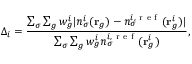
\Delta _ { i } = \frac { \sum _ { \sigma } \sum _ { g } w _ { g } ^ { i } | n _ { \sigma } ^ { i } ( \mathbf { r } _ { g } ) - n _ { \sigma } ^ { i , \mathrm { ~ r ~ e ~ f ~ } } ( \mathbf { r } _ { g } ^ { i } ) | } { \sum _ { \sigma } \sum _ { g } w _ { g } ^ { i } n _ { \sigma } ^ { i , \mathrm { ~ r ~ e ~ f ~ } } ( \mathbf { r } _ { g } ^ { i } ) } ,